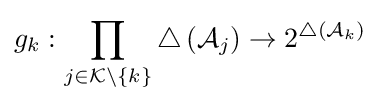
g_{k}:\prod _{j\in {\mathcal {K}}\setminus \lbrace k\rbrace }\triangle \left({\mathcal {A}}_{j}\right)\rightarrow 2^{\triangle \left({\mathcal {A}}_{k}\right)}